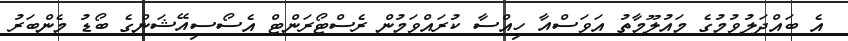
އެ ބައްދަލުވުމުގެ މައުލޫމާތު އަަވަސްއާ ހިއްސާ ކުރައްވަމުން ރެސްޓޯރަންޓް އެސޯސިއޭޝަންގެ ބޯޑު މެންބަރު